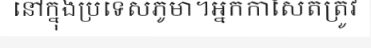
នៅក្នុងប្រទេសភូមា។អ្នកកាសែតត្រូវ